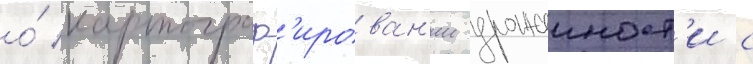
о́ картограф'ирован'ии урожаиност'и с